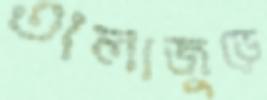
তালাজুড়ে